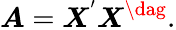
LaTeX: \boldsymbol{A}=\boldsymbol{X}^{'}\boldsymbol{X}^{\dag}.